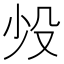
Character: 𬆠